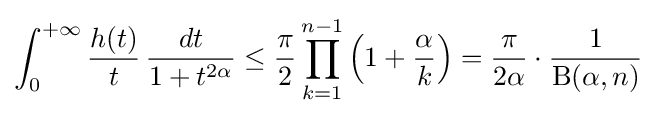
\int _{0}^{+\infty }{\frac {h(t)}{t}}\,{\frac {dt}{1+t^{2\alpha }}}\leq {\frac {\pi }{2}}\prod _{k=1}^{n-1}{\Bigl (}1+{\frac {\alpha }{k}}{\Bigr )}={\frac {\pi }{2\alpha }}\cdot {\frac {1}{\mathrm {B} (\alpha ,n)}}